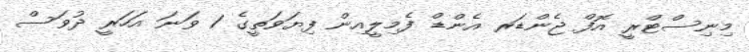
މިނިސްޓްރީ އޮފް ޖެންޑަރ އެންޑް ފެމިލީއިން ފިޔަވަތީގެ 1 ވަނަ އަހަރީ ދުވަސް